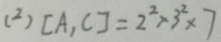
( 2 ) [ A , C ] = 2 ^ { 2 } \times 3 ^ { 2 } \times 7